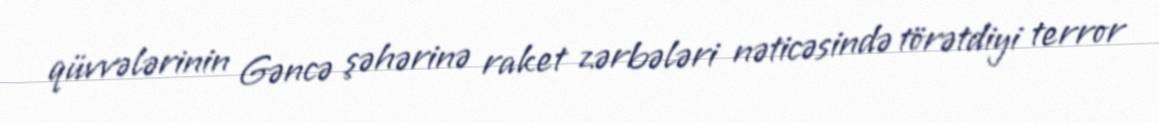
qüvvələrinin Gəncə şəhərinə raket zərbələri nəticəsində törətdiyi terror